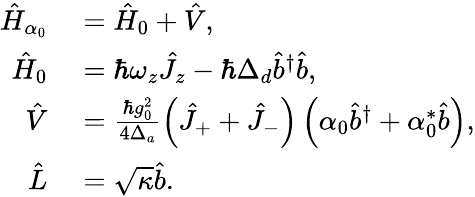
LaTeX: \begin{array}{rl}{\hat{H}_{\alpha_{0}}}&{{}=\hat{H}_{0}+\hat{V},}\\ {\hat{H}_{0}}&{{}=\hbar\omega_{z}\hat{J}_{z}-\hbar\Delta_{d}\hat{b}^{\dagger}\hat{b},}\\ {\hat{V}}&{{}=\frac{\hbar g_{0}^{2}}{4\Delta_{a}}\left(\hat{J}_{+}+\hat{J}_{-}\right)\left(\alpha_{0}\hat{b}^{\dagger}+\alpha_{0}^{*}\hat{b}\right),}\\ {\hat{L}}&{{}=\sqrt{\kappa}\hat{b}.}\end{array}